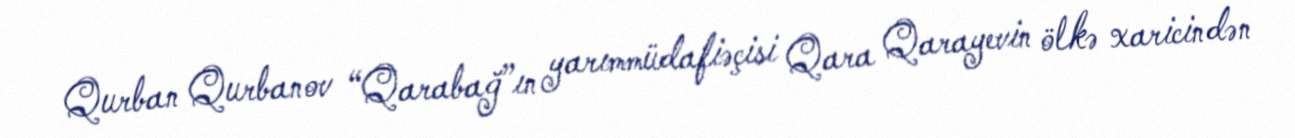
Qurban Qurbanov “Qarabağ”ın yarımmüdafiəçisi Qara Qarayevin ölkə xaricindən